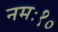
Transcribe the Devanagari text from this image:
नमः१०